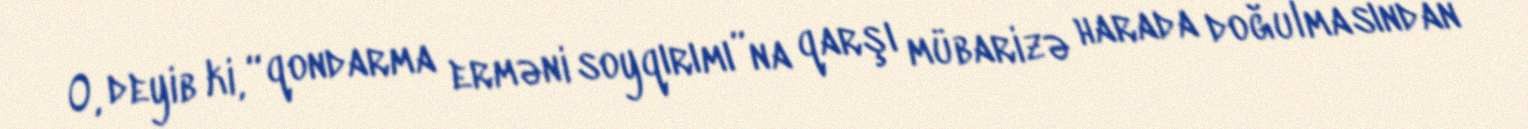
O, deyib ki, “qondarma erməni soyqırımı”na qarşı mübarizə harada doğulmasından